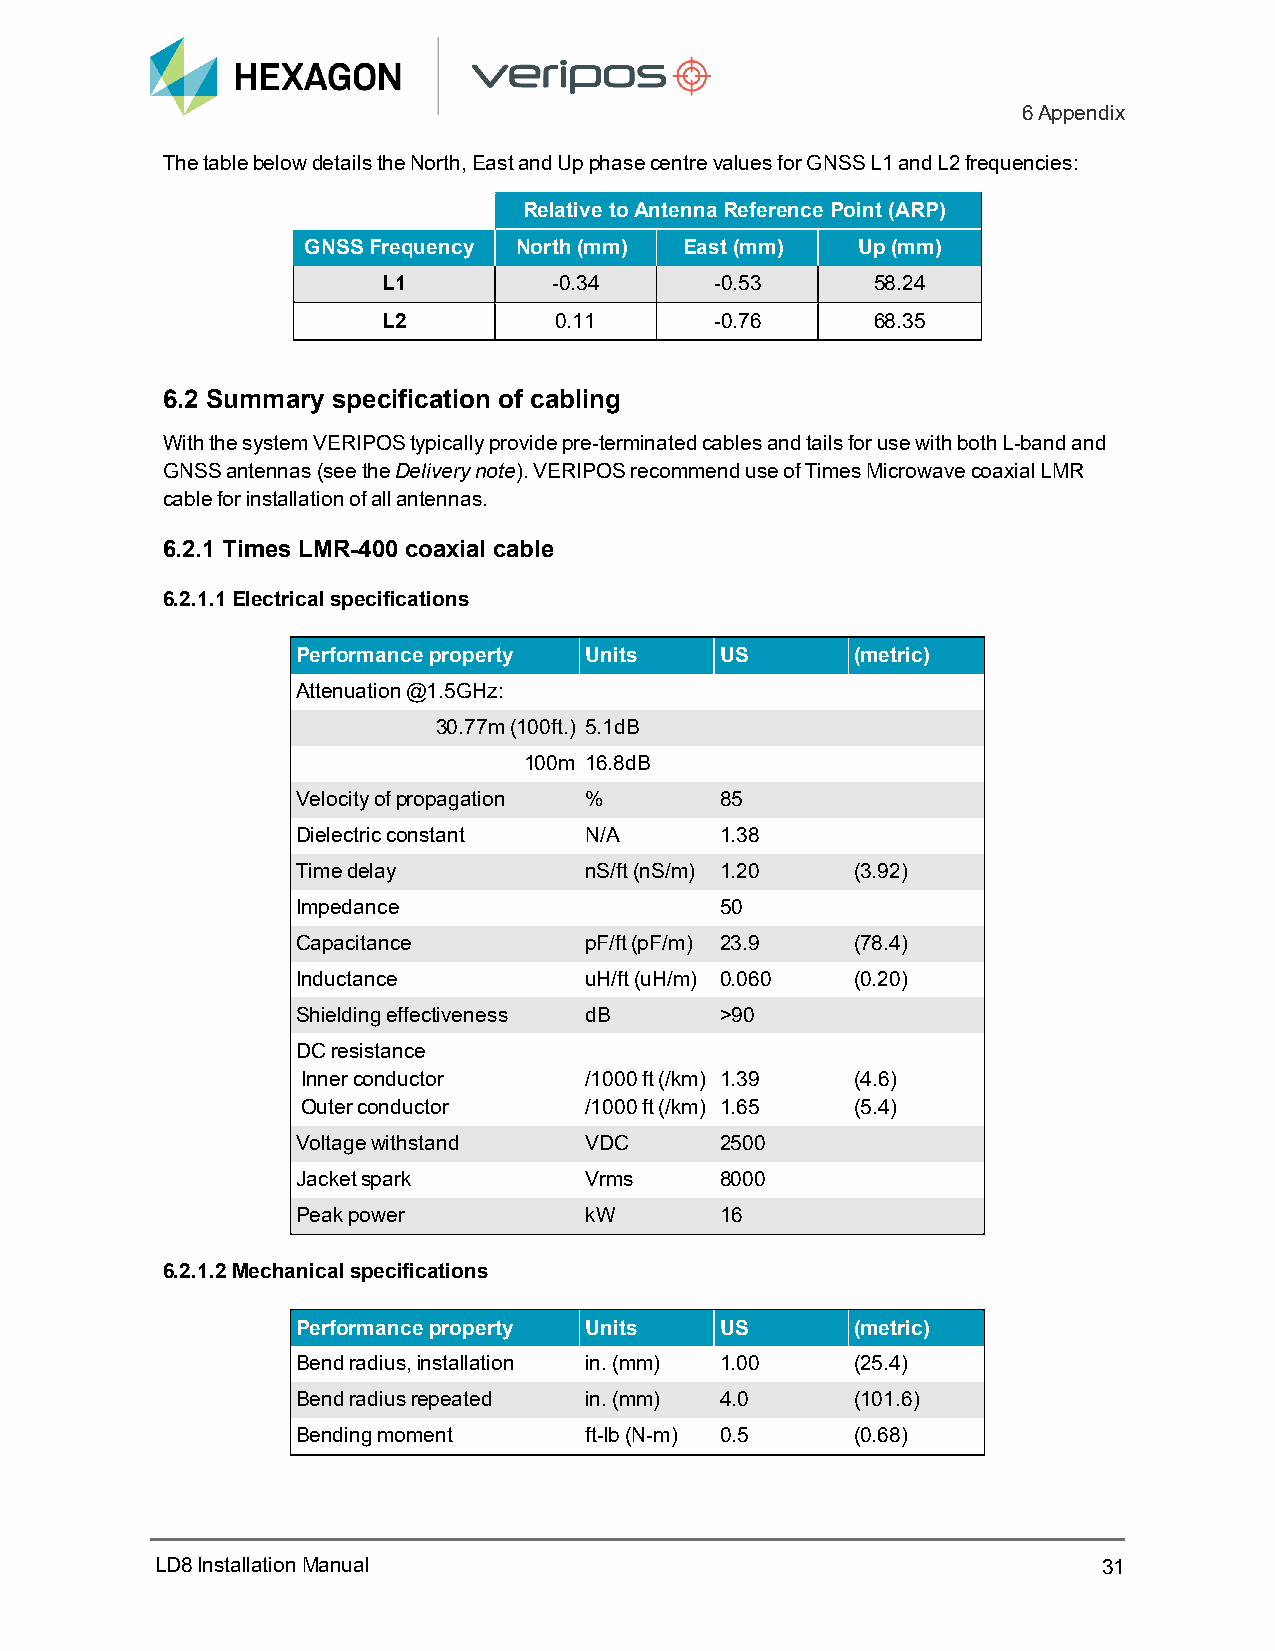
6Appendix
 The table below details the North, East and Up phase centre values for GNSS L1 and L2 frequencies:
 Relative to Antenna Reference Point (ARP)
 GNSS Frequency North (mm) East (mm)  Up (mm)
 L1          -0.34     -0.53      58.24
 L2          0.11      -0.76      68.35
 6.2 Summary specification of cabling
 With the system VERIPOS typically provide pre-terminated cables and tails for use with both L-band and
 GNSS antennas (see the Delivery note). VERIPOS recommend use of Times Microwave coaxial LMR
 cable for installation of all antennas.
 6.2.1 Times LMR-400 coaxial cable
 6.2.1.1 Electrical specifications
 Performance property Units  US       (metric)
 Attenuation @1.5GHz:
 30.77m (100ft.) 5.1dB
 100m 16.8dB
 Velocity of propagation %   85
 Dielectric constant N/A     1.38
 Time delay         nS/ft (nS/m) 1.20 (3.92)
 Impedance                   50
 Capacitance        pF/ft (pF/m) 23.9 (78.4)
 Inductance         uH/ft (uH/m) 0.060 (0.20)
 Shielding effectiveness dB  >90
 DC resistance
 Inner conductor    /1000 ft (/km) 1.39 (4.6)
 Outer conductor    /1000 ft (/km) 1.65 (5.4)
 Voltage withstand  VDC      2500
 Jacket spark       Vrms     8000
 Peak power         kW       16
 6.2.1.2 Mechanical specifications
 Performance property Units  US       (metric)
 Bend radius, installation in. (mm) 1.00 (25.4)
 Bend radius repeated in. (mm) 4.0    (101.6)
 Bending moment     ft-lb (N-m) 0.5   (0.68)
 LD8InstallationManual                                          31